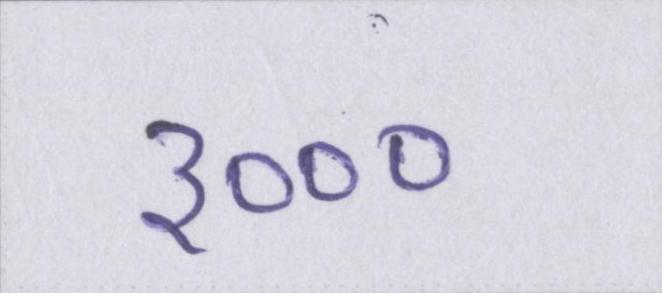
३०००